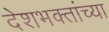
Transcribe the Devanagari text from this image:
देशभक्तांच्या